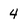
Character: 4